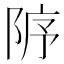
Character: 𨹘